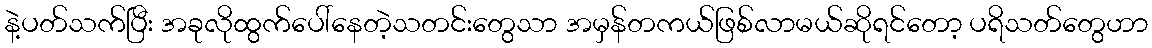
နဲ့ပတ်သက်ပြီး အခုလိုထွက်ပေါ်နေတဲ့သတင်းတွေသာ အမှန်တကယ်ဖြစ်လာမယ်ဆိုရင်တော့ ပရိသတ်တွေဟာ